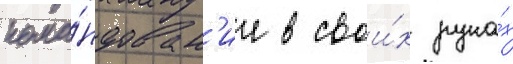
кома́ндован'ие в свои́х рука́х